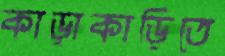
কাড়াকাড়িতে